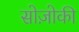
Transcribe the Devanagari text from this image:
सोज़ोकी